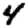
Digit: 4